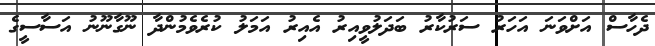
ދެހާސް އަށްވަނަ އަހަރު ސަރުކާރު ބަދަލުވީއިރު އެއިރު އަމަލު ކުރެވެމުންދާ ނޫގާނޫނު އަސާސީގެ